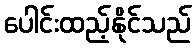
ပေါင်းထည့်နိုင်သည်